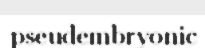
pseudembryonic